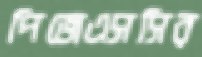
পিজেএসসির